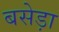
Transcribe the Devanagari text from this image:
बसेड़ा